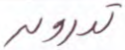
تدرون